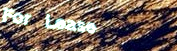
For Lease